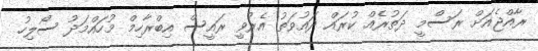
ރާއްޖެއަށް ރަސްމީ ދަތުރެއް ކުރައް ދައުވަތު އެރުވީ ރައީސް އިބްރާހިމް މުހައްމަދު ސޯލިހު